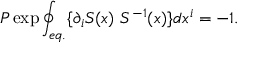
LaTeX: P \exp \oint _ { e q . } \{ \partial _ { i } S ( x ) \ S ^ { - 1 } ( x ) \} d x ^ { i } = - 1 .